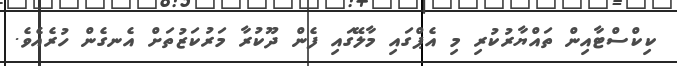
ކިކްސްޓާއިން ތައްޔާރުކުރި މި އެޕްގައި މާލޭގައި ފެން ދޫކުރާ މަރުކަޒުތަށް އެނގެން ހުރެއެވެ.